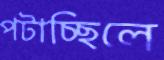
পটাচ্ছিলে